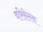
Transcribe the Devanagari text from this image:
वरिसेल्ला